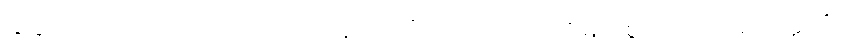
သဒ္ဒဟတိ၊ အဘယ်သို့ ယုံကြည်သနည်း။) “သော ဘဂဝါ၊ ထိုမြတ်စွာဘုရားသည်။ ဣတိပိ